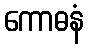
ကောဓနံ